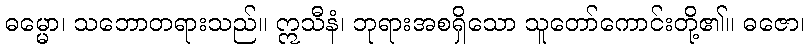
ဓမ္မော၊ သဘောတရားသည်။ ဣသီနံ၊ ဘုရားအစရှိသော သူတော်ကောင်းတို့၏။ ဓဇော၊